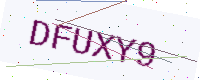
Text: DFUXY9